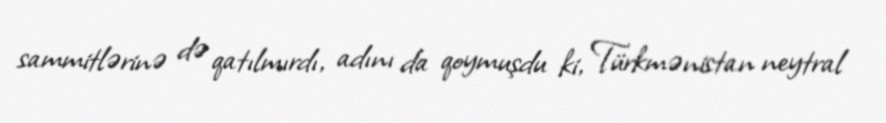
sammitlərinə də qatılmırdı, adını da qoymuşdu ki, Türkmənistan neytral